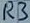
Text: R3